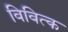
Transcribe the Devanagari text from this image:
विवित्क